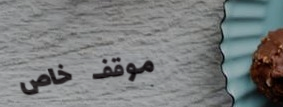
موقف خاص